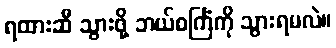
ရထားဆီ သွားဖို့ ဘယ်စင်္ကြံကို သွားရမလဲ။